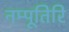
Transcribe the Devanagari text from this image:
नम्पूतिरि